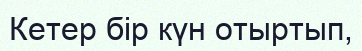
Кетер бір күн отыртып,